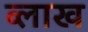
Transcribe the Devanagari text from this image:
व्लाख